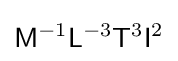
{\mathsf {M}}^{-1}{\mathsf {L}}^{-3}{\mathsf {T}}^{3}{\mathsf {I}}^{2}